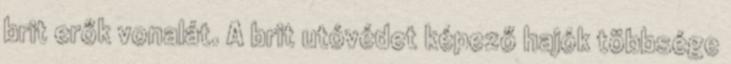
brit erők vonalát. A brit utóvédet képező hajók többsége